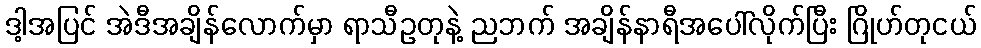
ဒါ့အပြင် အဲဒီအချိန်လောက်မှာ ရာသီဥတုနဲ့ ညဘက် အချိန်နာရီအပေါ်လိုက်ပြီး ဂြိုဟ်တုငယ်